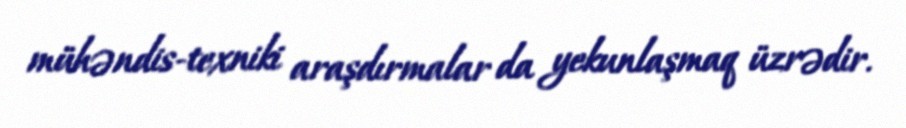
mühəndis-texniki araşdırmalar da yekunlaşmaq üzrədir.